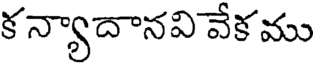
క న్యాదానవి వేక ము